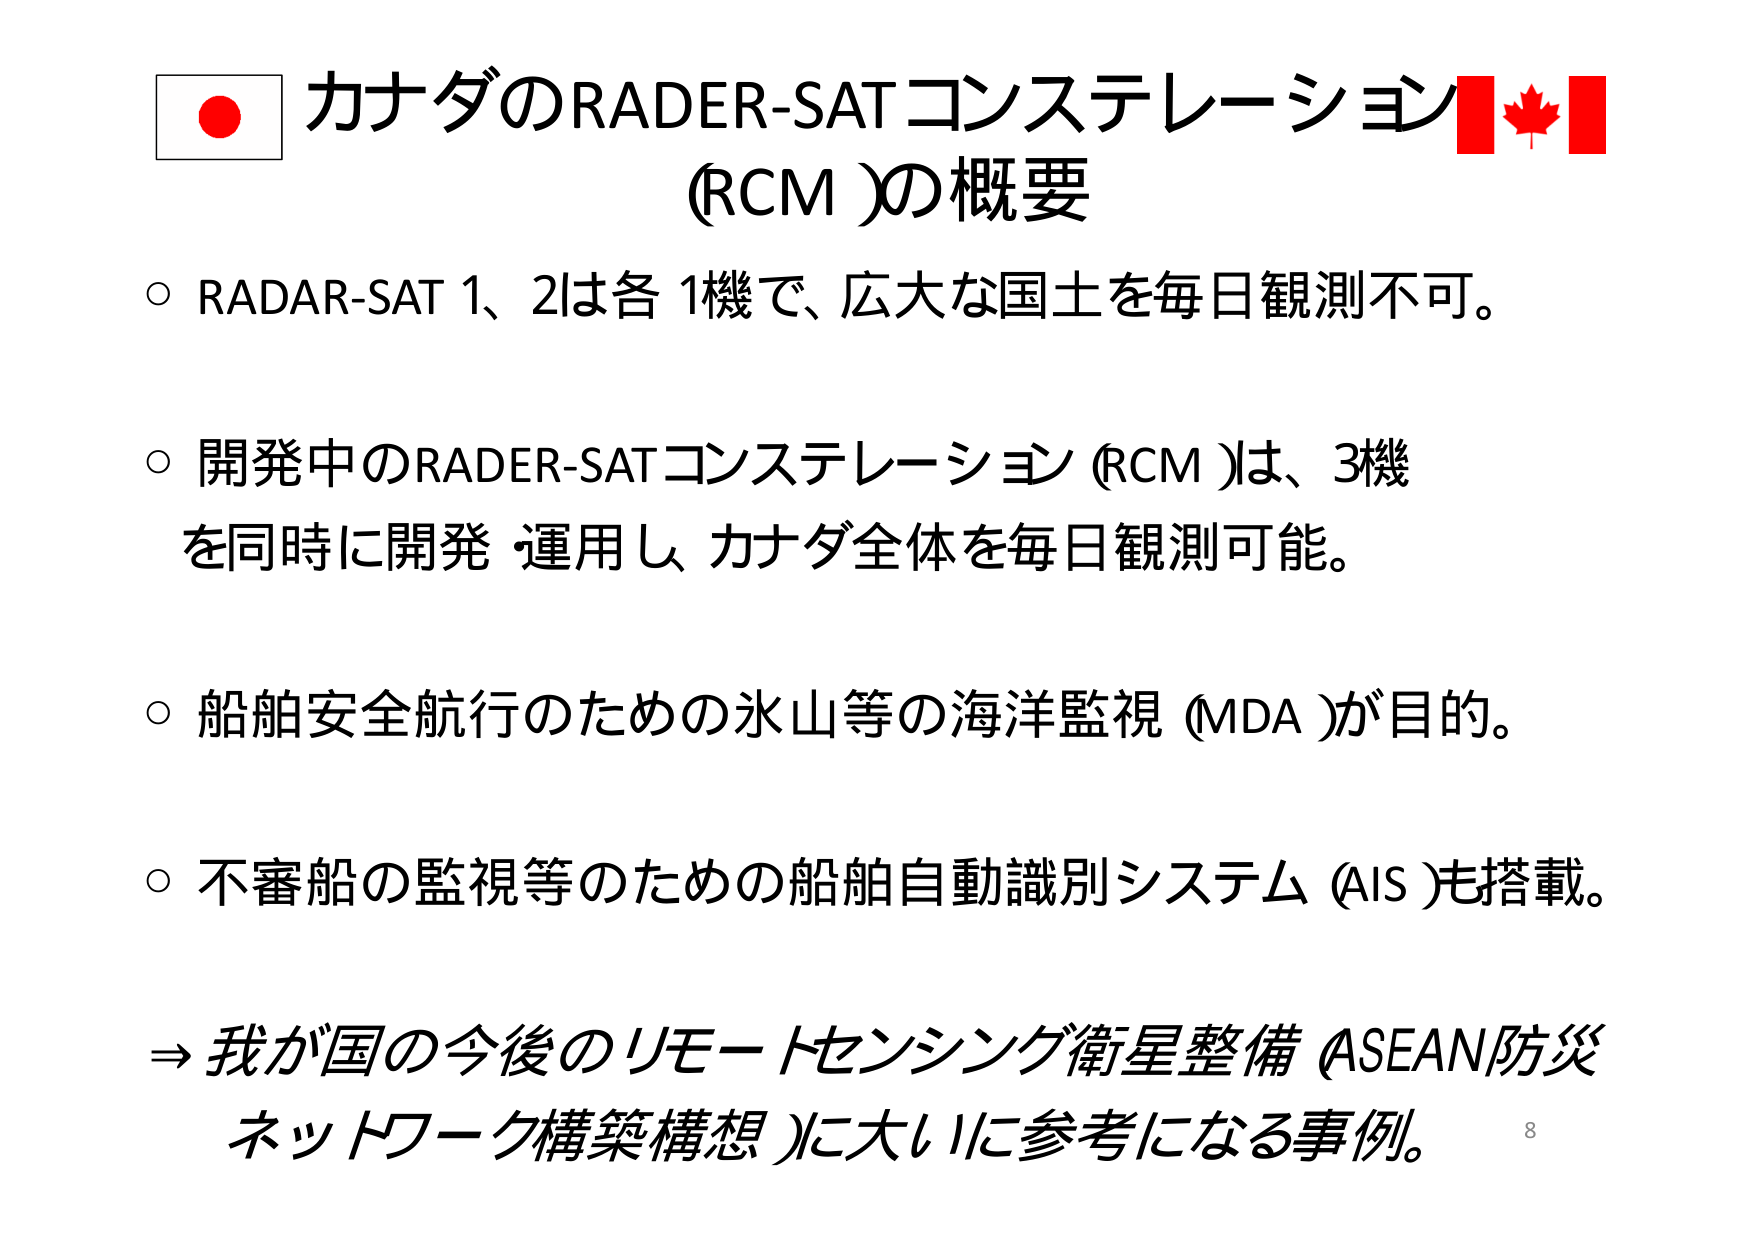
カナダのRADAR-SATコンステレーション (RCM)の概要

○ RADAR-SAT 1、2は各1機で、広大な国土を毎日観測不可。

○ 開発中のRADAR-SATコンステレーション (RCM)は、3機を同時に開発・運用し、カナダ全体を毎日観測可能。

○ 船舶安全航行のための氷山等の海洋監視 (MDA)が目的。

○ 不審船の監視等のための船舶自動識別システム (AIS)も搭載。

→ 我が国の今後のリモートセンシング衛星整備 (ASEAN防災ネットワーク構築構想)に大いに参考になる事例。

8